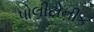
પોલીટોનીક